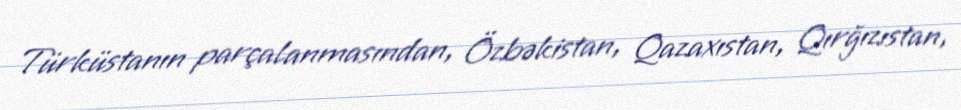
Türküstanın parçalanmasından, Özbəkistan, Qazaxıstan, Qırğızıstan,